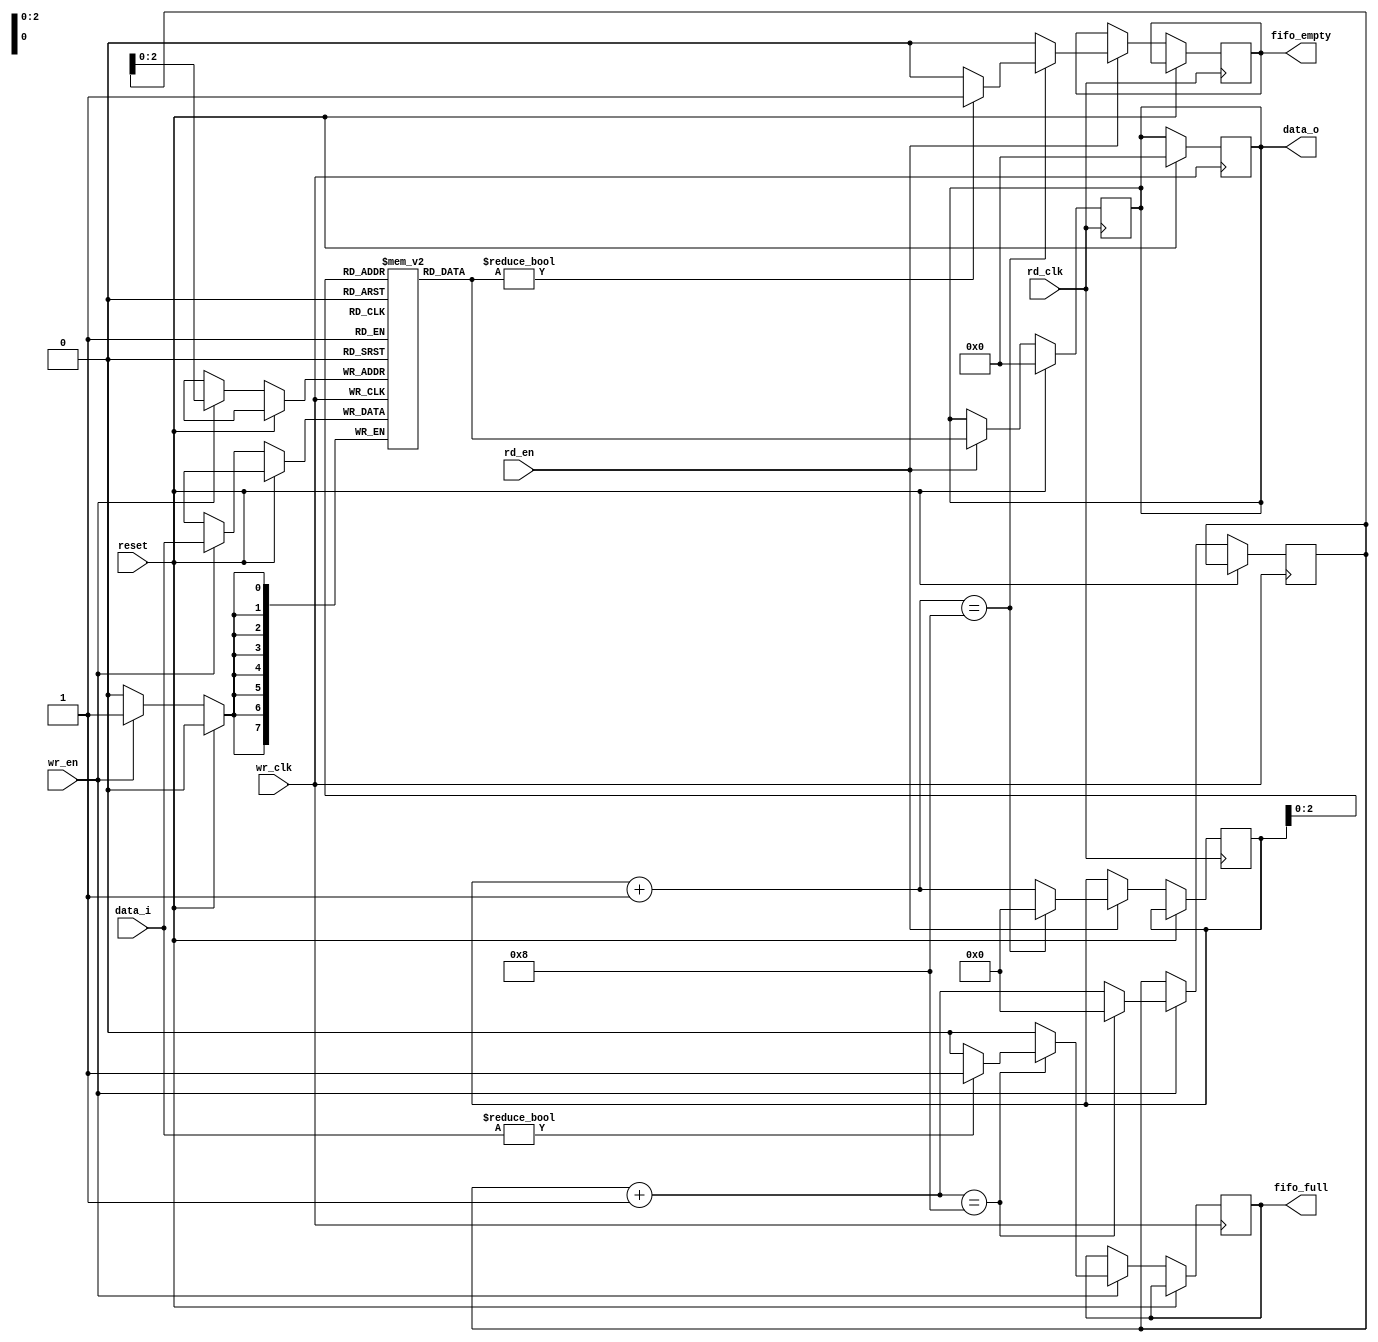
module fifo(wr_clk,rd_clk,reset,data_i,data_o,fifo_full,fifo_empty,wr_en,rd_en);
  parameter fifo_depth=8;
  output reg [fifo_depth-1:0]data_o;
  output reg fifo_full,fifo_empty;
  input [fifo_depth-1:0]data_i;
  input wr_clk,rd_clk,reset,wr_en,rd_en;
  reg [fifo_depth-1:0]mem[fifo_depth-1:0];
  reg [3:0]wr_ptr=4'b0;
  reg [3:0]rd_ptr=4'b0;
   always@(posedge wr_clk)
    begin
      if(reset)
        begin
          data_o=0;
        end
      else
            begin
              if(wr_en)
                begin
        		mem[wr_ptr]=data_i;
          		wr_ptr=wr_ptr+1;
              	if(wr_ptr==4'b1000)
                  begin
             		wr_ptr=0;
                    if(data_i!=0)
                      begin
                    	fifo_full=1;
                    	$display("fifo queue is full, impossible to load new values");
                      end
                    else
                      fifo_full=0;
                  end
              else
              fifo_full=0;
                end
        end
    end
  always@(negedge rd_clk)
    begin
      if(reset)
        data_o=0;
      else
        begin
          if(rd_en)
            begin
      data_o=mem[rd_ptr];
      rd_ptr=rd_ptr+1;
          if(rd_ptr==4'b1000)
        begin
          rd_ptr=0;
          if(data_o!=0)
            begin
          		fifo_empty=1;
          		$display("everything is read, no new values to read");
            end
          else
            fifo_empty=0;
        end
          else
            fifo_empty=0;
        end
        end
    end
endmodule